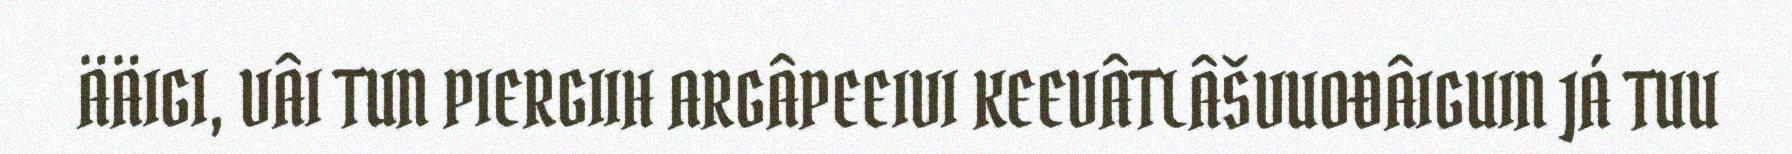
ÄÄIGI, VÂI TUN PIERGIIH ARGÂPEEIVI KEEVÂTLÂŠVUOĐÂIGUIN JÁ TUU